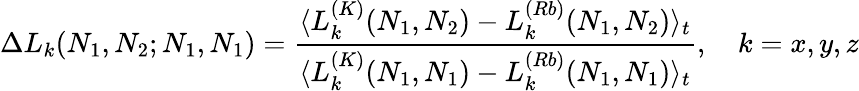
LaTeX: \Delta L_{k}(N_{1},N_{2};N_{1},N_{1})=\frac{\langle L_{k}^{(K)}(N_{1},N_{2})-L_{k}^{(Rb)}(N_{1},N_{2})\rangle_{t}}{\langle L_{k}^{(K)}(N_{1},N_{1})-L_{k}^{(Rb)}(N_{1},N_{1})\rangle_{t}},\quad k=x,y,z